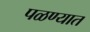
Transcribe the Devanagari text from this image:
पळण्यात